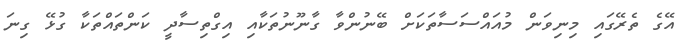
އޭގެ ތެރޭގައި މިނިވަން މުއައްސަސާތަކަށް ބޭނުންވާ ގާނޫނުތަކާއި އިގްތިސާދީ ކަންތައްތަކާ ގުޅޭ ގިނަ